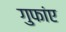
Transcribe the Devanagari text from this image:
गुफांए